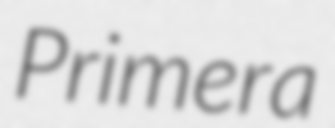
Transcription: Primera